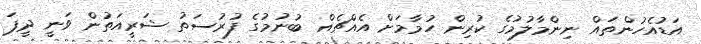
އަޑުއެހުންތައް ނިންމާލުމުގެ ކުރިން ހުމާމަށް އެއްޗެއް ބުނުމުގެ ފުރުސަތު ޝަރީއަތުން ވަނީ ދީފަ